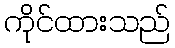
ကိုင်ထားသည်